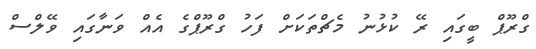
ގްރޫޕް ބީގައި ރޭ ކުޅުނު މެޗްތަކަށް ފަހު ގްރޫޕްގެ އެއް ވަނާގައި ވޭލްސް